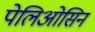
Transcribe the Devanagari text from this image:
पेलिओसिन